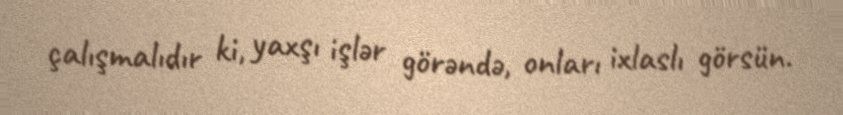
çalışmalıdır ki, yaxşı işlər görəndə, onları ixlaslı görsün.